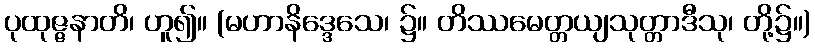
ပုထုဇ္ဇနာတိ၊ ဟူ၍။ (မဟာနိဒ္ဒေသေ၊ ၌။ တိဿမေတ္တယျသုတ္တာဒီသု၊ တို့၌။)